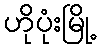
ဟိုပုံးမြို့